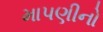
માપણીનો